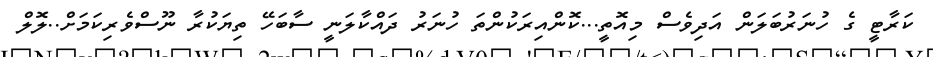
ކަރާޓީ ގެ ހުނަރުބަލަން އަދިވެސް މިއޮތީ...ކޮންއިރަކުންތަ ހުނަރު ދައްކާލަނީ ސާބަހޭ ތިޔަކުރާ ނޫސްވެރިކަމަށް..ލޮލް